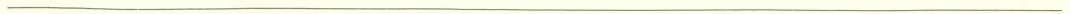
___